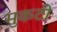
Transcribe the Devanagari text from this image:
मुकटी